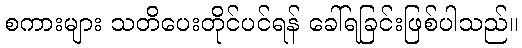
စကားများ သတိပေးတိုင်ပင်ရန် ခေါ်ရခြင်းဖြစ်ပါသည်။